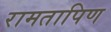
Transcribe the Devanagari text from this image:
रामतापिण